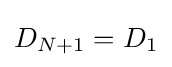
D_{N+1}=D_{1}